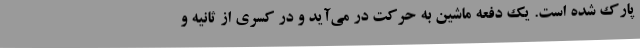
پارک شده است. یک دفعه ماشین به حرکت در می‌آید و در کسری از ثانیه و